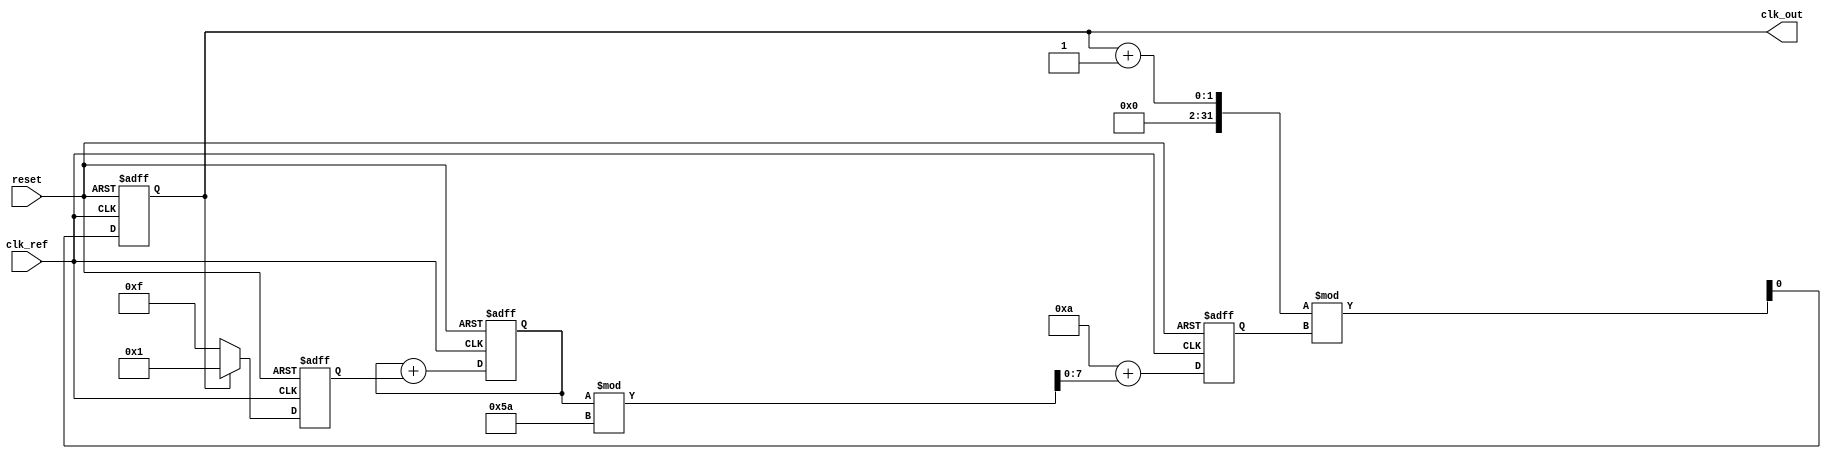
module MemoryBlocksLinearPLL (
    input wire clk_ref,          // Reference clock input
    input wire reset,            // Reset signal
    output reg clk_out           // Output clock
);

// Parameters
parameter integer VCO_MAX_FREQ = 100; // Maximum frequency of VCO
parameter integer VCO_MIN_FREQ = 10;   // Minimum frequency of VCO
parameter integer LOOP_FILTER_SIZE = 4; // Size of memory for loop filter

// Internal signals
reg [LOOP_FILTER_SIZE-1:0] phase_error; // Phase error signal
reg [7:0] control_voltage;                // Control voltage for VCO
reg [7:0] vco_output;                     // VCO output frequency
reg [7:0] vco_frequency;                  // Current VCO frequency
reg [LOOP_FILTER_SIZE-1:0] memory_block; // Memory block for storing previous states

// Phase Detector (PD)
always @(posedge clk_ref or posedge reset) begin
    if (reset) begin
        phase_error <= 0;
    end else begin
        // Simple phase detector logic (leading/lagging detection)
        if (clk_out) begin
            phase_error <= 1; // Output is leading
        end else begin
            phase_error <= -1; // Output is lagging
        end
    end
end

// Loop Filter
always @(posedge clk_ref or posedge reset) begin
    if (reset) begin
        control_voltage <= 0;
        memory_block <= 0;
    end else begin
        // Simple first-order loop filter with memory
        control_voltage <= control_voltage + phase_error;
        memory_block <= {memory_block[LOOP_FILTER_SIZE-2:0], control_voltage}; // Store previous control voltages
    end
end

// Voltage-Controlled Oscillator (VCO)
always @(posedge clk_ref or posedge reset) begin
    if (reset) begin
        vco_frequency <= VCO_MIN_FREQ; // Start at minimum frequency
        clk_out <= 0;
    end else begin
        // Adjust VCO frequency based on control voltage
        vco_frequency <= VCO_MIN_FREQ + (control_voltage % (VCO_MAX_FREQ - VCO_MIN_FREQ));
        
        // Generate output clock based on VCO frequency
        clk_out <= (clk_out + 1) % vco_frequency; // Simple frequency divider for output
    end
end

endmodule